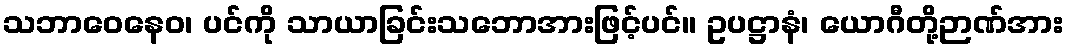
သဘာဝေနေဝ၊ ပင်ကို သာယာခြင်းသဘောအားဖြင့်ပင်။ ဥပဋ္ဌာနံ၊ ယောဂီတို့ဉာဏ်အား